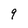
Character: 9